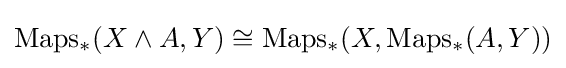
\mathrm {Maps_{*}} (X\wedge A,Y)\cong \mathrm {Maps_{*}} (X,\mathrm {Maps_{*}} (A,Y))